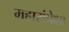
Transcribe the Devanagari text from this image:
महारांपेक्षा